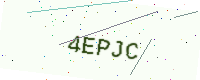
Text: 4EPJC